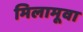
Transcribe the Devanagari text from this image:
मिलामूवा